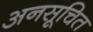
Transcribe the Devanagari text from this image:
अनसूचित